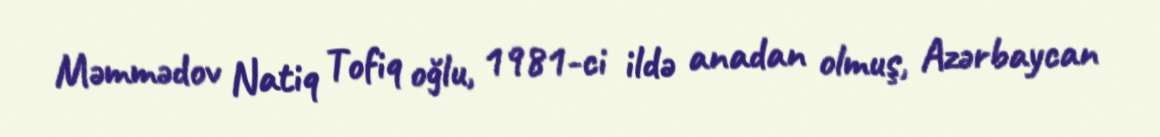
Məmmədov Natiq Tofiq oğlu, 1981-ci ildə anadan olmuş, Azərbaycan